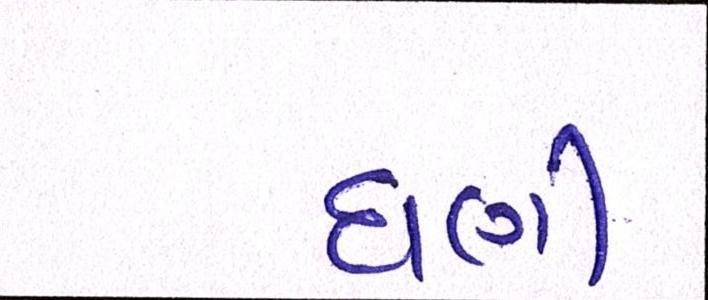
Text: ઘણી